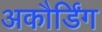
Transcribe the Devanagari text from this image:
अकौर्डिंग